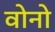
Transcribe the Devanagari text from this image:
वोनो